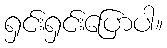
ရှင်းရှင်းပြောပါ။